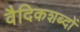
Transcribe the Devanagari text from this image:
वैदिकशब्दों